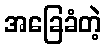
အခြေခံတဲ့